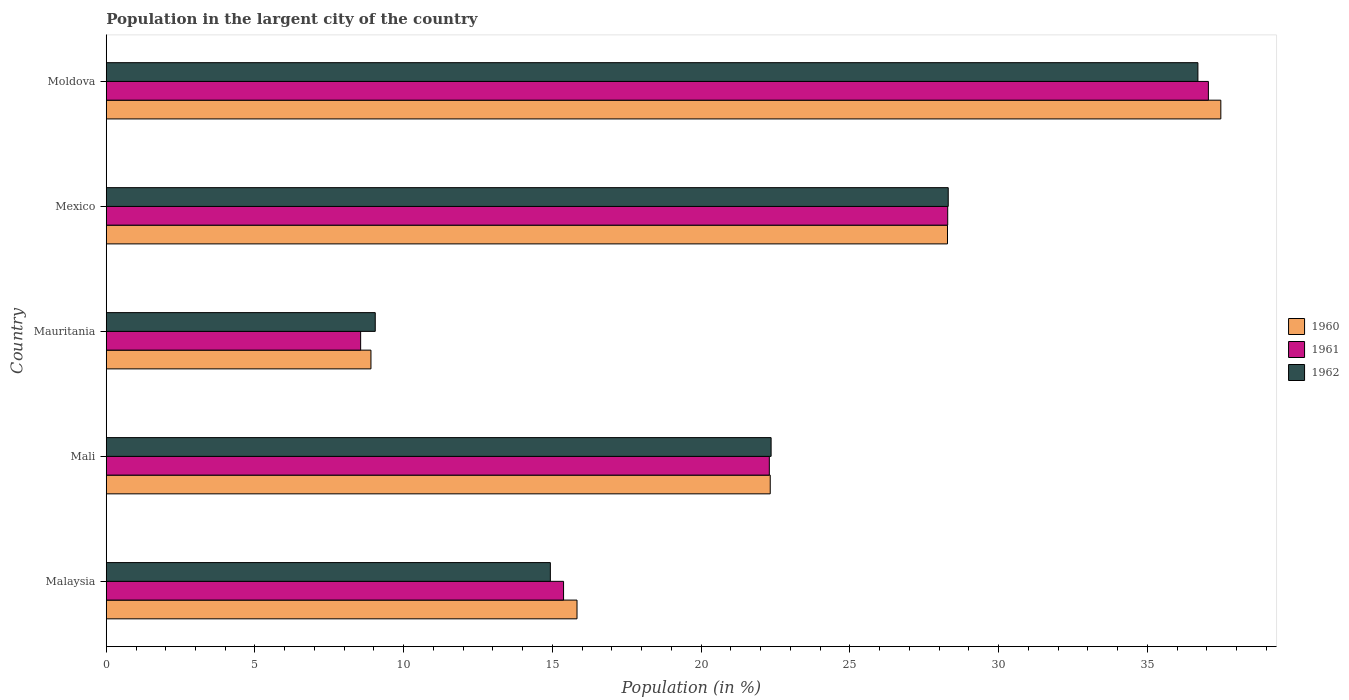
| Country | 1960 | 1961 | 1962 |
 | --- | --- | --- | --- |
 | Malaysia | 15.8 | 15.4 | 14.9 |
 | Mali | 22.3 | 22.3 | 22.4 |
 | Mauritania | 8.9 | 8.55 | 9.04 |
 | Mexico | 28.3 | 28.3 | 28.3 |
 | Moldova | 37.5 | 37.1 | 36.7 |